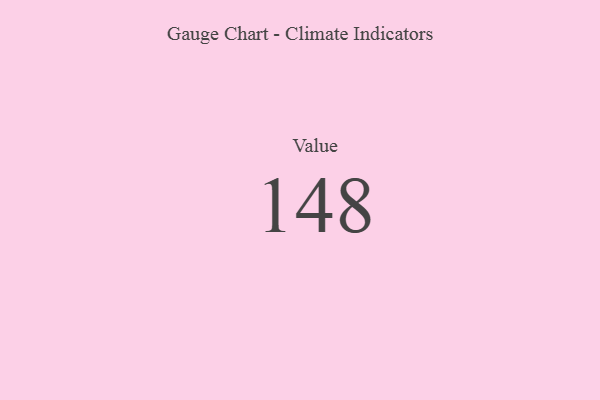
{"axis": {"x": "Metric", "y": "Value"}, "legend": [""], "data": [{"x": "Value", "y": 148, "type": ""}]}